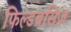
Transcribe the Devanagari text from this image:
फिल्डबसिज़